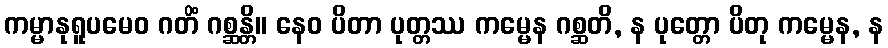
ကမ္မာနုရူပမေဝ ဂတိံ ဂစ္ဆန္တိ။ နေဝ ပိတာ ပုတ္တဿ ကမ္မေန ဂစ္ဆတိ, န ပုတ္တော ပိတု ကမ္မေန, န